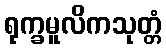
ရုက္ခမူလိကသုတ္တံ